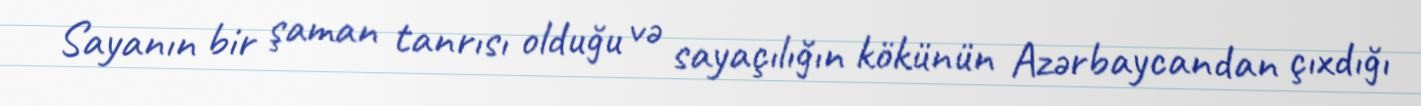
Sayanın bir şaman tanrısı olduğu və sayaçılığın kökünün Azərbaycandan çıxdığı